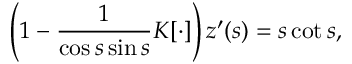
\left( 1 - \frac { 1 } { \cos s \sin s } K [ \cdot ] \right) z ^ { \prime } ( s ) = s \cot s ,